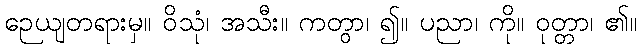
ဉေယျတရားမှ။ ဝိသုံ၊ အသီး။ ကတွာ၊ ၍။ ပညာ၊ ကို။ ဝုတ္တာ၊ ၏။